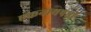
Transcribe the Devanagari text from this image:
एकनाथषष्ठी